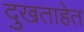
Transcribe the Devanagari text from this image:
दुखताहेत